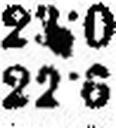
22·6